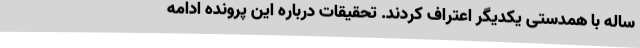
ساله با همدستی یکدیگر اعتراف کردند. تحقیقات درباره این پرونده ادامه